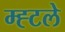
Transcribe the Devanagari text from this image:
म्ह्टले